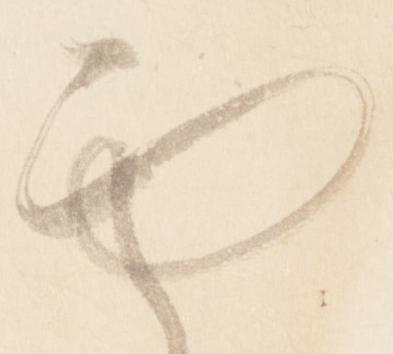
面